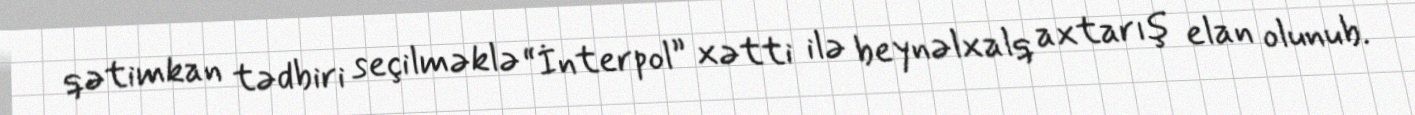
qətimkan tədbiri seçilməklə “İnterpol” xətti ilə beynəlxalq axtarış elan olunub.